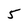
Character: 5